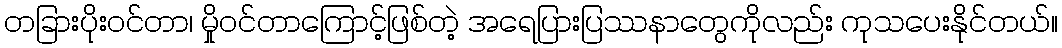
တခြားပိုးဝင်တာ၊ မှိုဝင်တာကြောင့်ဖြစ်တဲ့ အရေပြားပြဿနာတွေကိုလည်း ကုသပေးနိုင်တယ်။